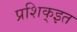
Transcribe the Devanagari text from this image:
प्रशिक्इत